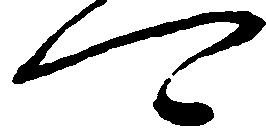
可